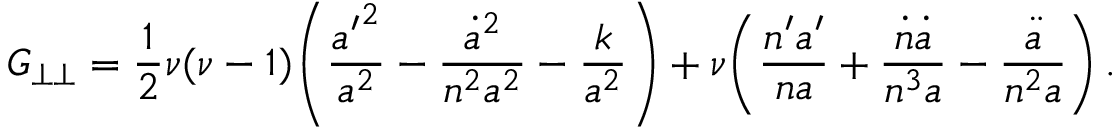
G _ { \perp \perp } = \frac { 1 } { 2 } \nu ( \nu - 1 ) \! \left( \frac { { a ^ { \prime } } ^ { 2 } } { a ^ { 2 } } - \frac { \dot { a } ^ { 2 } } { n ^ { 2 } a ^ { 2 } } - \frac { k } { a ^ { 2 } } \right) + \nu \! \left( \frac { n ^ { \prime } a ^ { \prime } } { n a } + \frac { \dot { n } \dot { a } } { n ^ { 3 } a } - \frac { \ddot { a } } { n ^ { 2 } a } \right) .